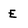
Character: E